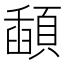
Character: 𩔓